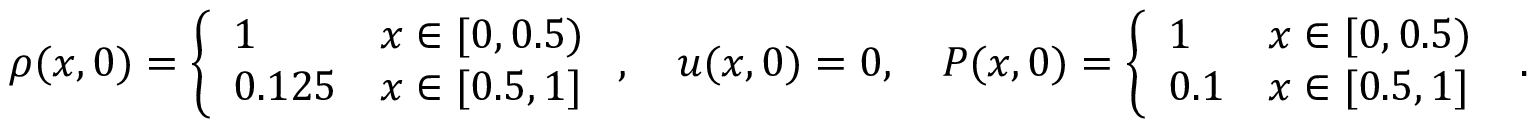
\begin{array} { r } { \rho ( x , 0 ) = \left\{ \begin{array} { l l } { 1 } & { x \in [ 0 , 0 . 5 ) } \\ { 0 . 1 2 5 } & { x \in [ 0 . 5 , 1 ] } \end{array} \right. , \quad u ( x , 0 ) = 0 , \quad P ( x , 0 ) = \left\{ \begin{array} { l l } { 1 } & { x \in [ 0 , 0 . 5 ) } \\ { 0 . 1 } & { x \in [ 0 . 5 , 1 ] } \end{array} \right. \mathrm { ~ . } } \end{array}